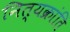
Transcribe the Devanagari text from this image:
नित्यक्रांति